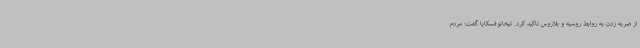
از ضربه زدن به روابط روسیه و بلاروس تاکید کرد. تیخانوفسکایا گفت: مردم